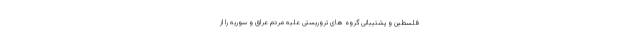
فلسطین و پشتیبانی گروه های تروریستی علیه مردم عراق و سوریه را از